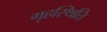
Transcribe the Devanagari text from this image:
गृहस्थिति